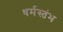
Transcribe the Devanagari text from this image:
धर्मस्तंभ